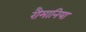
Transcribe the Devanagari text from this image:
रौमानिया